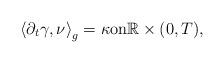
LaTeX: \begin{align*}\left< \partial_t \gamma , \nu \right>_g = \kappa \textnormal{on} \mathbb{R} \times (0,T),\end{align*}